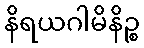
နိရယဂါမိနိဉ္စ